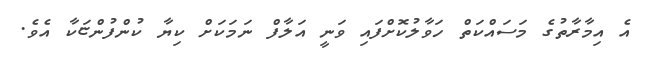
އެ އިމާރާތުގެ މަސައްކަތް ހަވާލުކޮށްފައި ވަނީ އަލާފް ނަމަކަށް ކިޔާ ކުންފުންޏަކާ އެވެ.